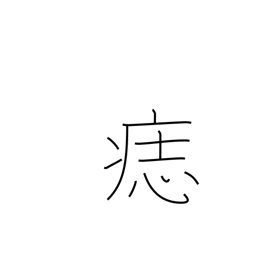
Meaning: birthmark